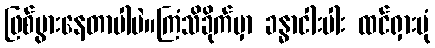
ဖြစ်ပွားနေတာပါပဲ။ကြံသိခိုက်မှာ ခန္ဓာငါးပါး ထင်ရှားပုံ